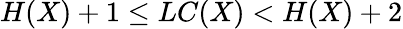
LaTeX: H(X)+1\leq LC(X)<H(X)+2